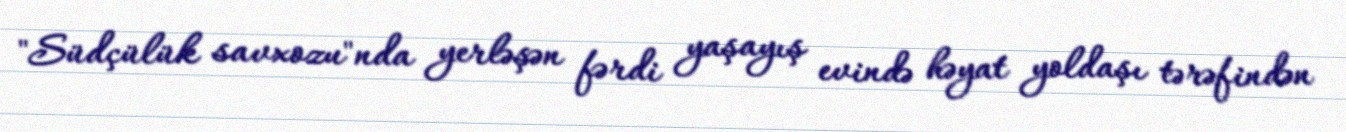
"Südçülük savxozu"nda yerləşən fərdi yaşayış evində həyat yoldaşı tərəfindən